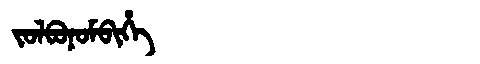
Manchu: ᠵᠣᠯᠪᠣᠨᠣᠮᠪᡳᡥᡝ
Romanization: JOLBONOMBIHE